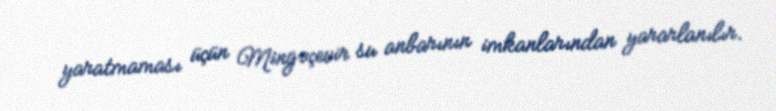
yaratmaması üçün Mingəçevir su anbarının imkanlarından yararlanılır.